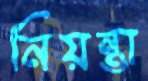
নিয়ন্তা